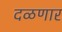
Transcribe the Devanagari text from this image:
दळणार